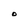
Character: O